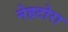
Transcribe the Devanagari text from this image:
नेहटोरा